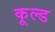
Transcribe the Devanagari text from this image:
कूल्‍ड